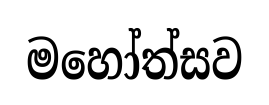
මහෝත්සව